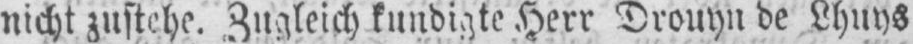
nicht zustehe. Zugleich kundigte Herr Drouyn de Lhuys